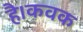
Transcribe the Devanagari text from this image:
है।कवक